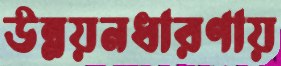
উন্নয়নধারণায়